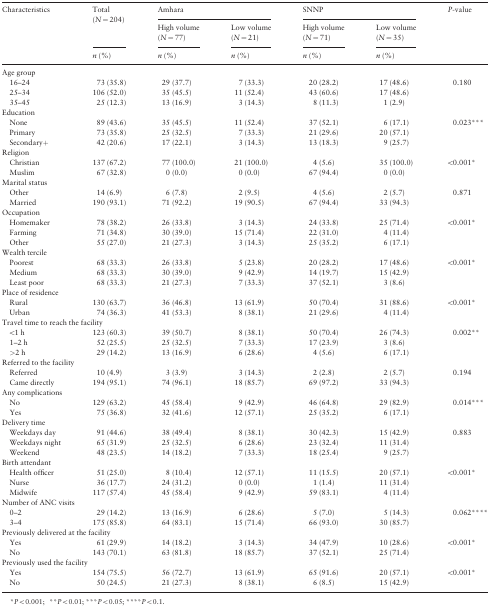
<table><thead><tr><td rowspan="3"><b>Characteristics</b></td><td rowspan="2"><b>Total (<i>N</i> = 204)</b></td><td colspan="2"><b>Amhara</b></td><td colspan="2"><b>SNNP</b></td><td rowspan="3"><b><i>P</i>-value</b></td></tr><tr><td><b>High volume (<i>N</i> = 77)</b></td><td><b>Low volume (<i>N</i> = 21)</b></td><td><b>High volume (<i>N</i> = 71)</b></td><td><b>Low volume (<i>N</i> = 35)</b></td></tr><tr><td><b><i>n</i> (%)</b></td><td><b><i>n</i> (%)</b></td><td><b><i>n</i> (%)</b></td><td><b><i>n</i> (%)</b></td><td><b><i>n</i> (%)</b></td></tr></thead><tbody><tr><td colspan="7">Age group</td></tr><tr><td> 16–24</td><td>73 (35.8)</td><td>29 (37.7)</td><td>7 (33.3)</td><td>20 (28.2)</td><td>17 (48.6)</td><td>0.180</td></tr><tr><td> 25–34</td><td>106 (52.0)</td><td>35 (45.5)</td><td>11 (52.4)</td><td>43 (60.6)</td><td>17 (48.6)</td><td></td></tr><tr><td> 35–45</td><td>25 (12.3)</td><td>13 (16.9)</td><td>3 (14.3)</td><td>8 (11.3)</td><td>1 (2.9)</td><td></td></tr><tr><td colspan="7">Education</td></tr><tr><td> None</td><td>89 (43.6)</td><td>35 (45.5)</td><td>11 (52.4)</td><td>37 (52.1)</td><td>6 (17.1)</td><td>0.023***</td></tr><tr><td> Primary</td><td>73 (35.8)</td><td>25 (32.5)</td><td>7 (33.3)</td><td>21 (29.6)</td><td>20 (57.1)</td><td></td></tr><tr><td> Secondary+</td><td>42 (20.6)</td><td>17 (22.1)</td><td>3 (14.3)</td><td>13 (18.3)</td><td>9 (25.7)</td><td></td></tr><tr><td colspan="7">Religion</td></tr><tr><td> Christian</td><td>137 (67.2)</td><td>77 (100.0)</td><td>21 (100.0)</td><td>4 (5.6)</td><td>35 (100.0)</td><td>&lt;0.001*</td></tr><tr><td> Muslim</td><td>67 (32.8)</td><td>0 (0.0)</td><td>0 (0.0)</td><td>67 (94.4)</td><td>0 (0.0)</td><td></td></tr><tr><td colspan="7">Marital status</td></tr><tr><td> Other</td><td>14 (6.9)</td><td>6 (7.8)</td><td>2 (9.5)</td><td>4 (5.6)</td><td>2 (5.7)</td><td>0.871</td></tr><tr><td> Married</td><td>190 (93.1)</td><td>71 (92.2)</td><td>19 (90.5)</td><td>67 (94.4)</td><td>33 (94.3)</td><td></td></tr><tr><td colspan="7">Occupation</td></tr><tr><td> Homemaker</td><td>78 (38.2)</td><td>26 (33.8)</td><td>3 (14.3)</td><td>24 (33.8)</td><td>25 (71.4)</td><td>&lt;0.001*</td></tr><tr><td> Farming</td><td>71 (34.8)</td><td>30 (39.0)</td><td>15 (71.4)</td><td>22 (31.0)</td><td>4 (11.4)</td><td></td></tr><tr><td> Other</td><td>55 (27.0)</td><td>21 (27.3)</td><td>3 (14.3)</td><td>25 (35.2)</td><td>6 (17.1)</td><td></td></tr><tr><td colspan="7">Wealth tercile</td></tr><tr><td> Poorest</td><td>68 (33.3)</td><td>26 (33.8)</td><td>5 (23.8)</td><td>20 (28.2)</td><td>17 (48.6)</td><td>&lt;0.001*</td></tr><tr><td> Medium</td><td>68 (33.3)</td><td>30 (39.0)</td><td>9 (42.9)</td><td>14 (19.7)</td><td>15 (42.9)</td><td></td></tr><tr><td> Least poor</td><td>68 (33.3)</td><td>21 (27.3)</td><td>7 (33.3)</td><td>37 (52.1)</td><td>3 (8.6)</td><td></td></tr><tr><td colspan="7">Place of residence</td></tr><tr><td> Rural</td><td>130 (63.7)</td><td>36 (46.8)</td><td>13 (61.9)</td><td>50 (70.4)</td><td>31 (88.6)</td><td>&lt;0.001*</td></tr><tr><td> Urban</td><td>74 (36.3)</td><td>41 (53.3)</td><td>8 (38.1)</td><td>21 (29.6)</td><td>4 (11.4)</td><td></td></tr><tr><td colspan="7">Travel time to reach the facility</td></tr><tr><td> &lt;1 h</td><td>123 (60.3)</td><td>39 (50.7)</td><td>8 (38.1)</td><td>50 (70.4)</td><td>26 (74.3)</td><td>0.002**</td></tr><tr><td> 1–2 h</td><td>52 (25.5)</td><td>25 (32.5)</td><td>7 (33.3)</td><td>17 (23.9)</td><td>3 (8.6)</td><td></td></tr><tr><td> &gt;2 h</td><td>29 (14.2)</td><td>13 (16.9)</td><td>6 (28.6)</td><td>4 (5.6)</td><td>6 (17.1)</td><td></td></tr><tr><td colspan="7">Referred to the facility</td></tr><tr><td> Referred</td><td>10 (4.9)</td><td>3 (3.9)</td><td>3 (14.3)</td><td>2 (2.8)</td><td>2 (5.7)</td><td>0.194</td></tr><tr><td> Came directly</td><td>194 (95.1)</td><td>74 (96.1)</td><td>18 (85.7)</td><td>69 (97.2)</td><td>33 (94.3)</td><td></td></tr><tr><td colspan="7">Any complications</td></tr><tr><td> No</td><td>129 (63.2)</td><td>45 (58.4)</td><td>9 (42.9)</td><td>46 (64.8)</td><td>29 (82.9)</td><td>0.014***</td></tr><tr><td> Yes</td><td>75 (36.8)</td><td>32 (41.6)</td><td>12 (57.1)</td><td>25 (35.2)</td><td>6 (17.1)</td><td></td></tr><tr><td colspan="7">Delivery time</td></tr><tr><td> Weekdays day</td><td>91 (44.6)</td><td>38 (49.4)</td><td>8 (38.1)</td><td>30 (42.3)</td><td>15 (42.9)</td><td>0.883</td></tr><tr><td> Weekdays night</td><td>65 (31.9)</td><td>25 (32.5)</td><td>6 (28.6)</td><td>23 (32.4)</td><td>11 (31.4)</td><td></td></tr><tr><td> Weekend</td><td>48 (23.5)</td><td>14 (18.2)</td><td>7 (33.3)</td><td>18 (25.4)</td><td>9 (25.7)</td><td></td></tr><tr><td colspan="7">Birth attendant</td></tr><tr><td> Health officer</td><td>51 (25.0)</td><td>8 (10.4)</td><td>12 (57.1)</td><td>11 (15.5)</td><td>20 (57.1)</td><td>&lt;0.001*</td></tr><tr><td> Nurse</td><td>36 (17.7)</td><td>24 (31.2)</td><td>0 (0.0)</td><td>1 (1.4)</td><td>11 (31.4)</td><td></td></tr><tr><td> Midwife</td><td>117 (57.4)</td><td>45 (58.4)</td><td>9 (42.9)</td><td>59 (83.1)</td><td>4 (11.4)</td><td></td></tr><tr><td colspan="7">Number of ANC visits</td></tr><tr><td> 0–2</td><td>29 (14.2)</td><td>13 (16.9)</td><td>6 (28.6)</td><td>5 (7.0)</td><td>5 (14.3)</td><td>0.062****</td></tr><tr><td> 3–4</td><td>175 (85.8)</td><td>64 (83.1)</td><td>15 (71.4)</td><td>66 (93.0)</td><td>30 (85.7)</td><td></td></tr><tr><td colspan="7">Previously delivered at the facility</td></tr><tr><td> Yes</td><td>61 (29.9)</td><td>14 (18.2)</td><td>3 (14.3)</td><td>34 (47.9)</td><td>10 (28.6)</td><td>&lt;0.001*</td></tr><tr><td> No</td><td>143 (70.1)</td><td>63 (81.8)</td><td>18 (85.7)</td><td>37 (52.1)</td><td>25 (71.4)</td><td></td></tr><tr><td colspan="7">Previously used the facility</td></tr><tr><td> Yes</td><td>154 (75.5)</td><td>56 (72.7)</td><td>13 (61.9)</td><td>65 (91.6)</td><td>20 (57.1)</td><td>&lt;0.001*</td></tr><tr><td> No</td><td>50 (24.5)</td><td>21 (27.3)</td><td>8 (38.1)</td><td>6 (8.5)</td><td>15 (42.9)</td><td></td></tr></tbody></table>